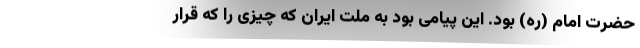
حضرت امام (ره) بود. این پیامی بود به ملت ایران که چیزی را که قرار